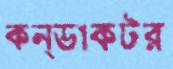
কন্ডাকটর